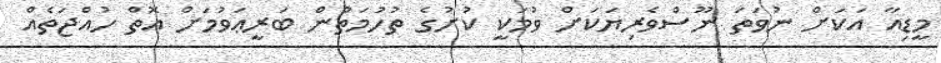
މީޑިއާ އަކަށް ނުވަތަ ނޫސްވެރިޔަކަށް ވުމަކީ ކުށުގެ ތުހުމަތުން ބަރީޢަވުމަށް އޮތް ހުއްޖަތެއް